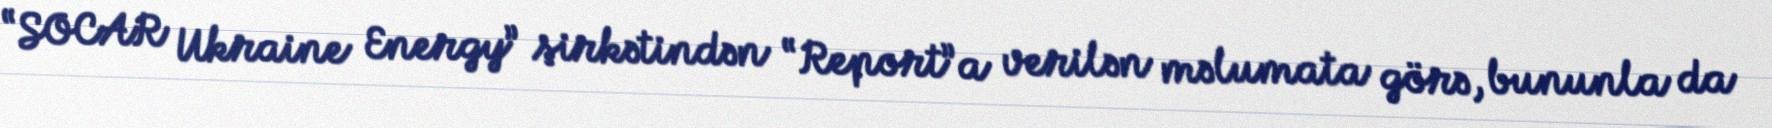
“SOCAR Ukraine Energy” şirkətindən “Report”a verilən məlumata görə, bununla da